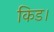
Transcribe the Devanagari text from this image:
किड।